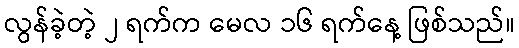
လွန်ခဲ့တဲ့ ၂ ရက်က မေလ ၁၆ ရက်နေ့ ဖြစ်သည်။